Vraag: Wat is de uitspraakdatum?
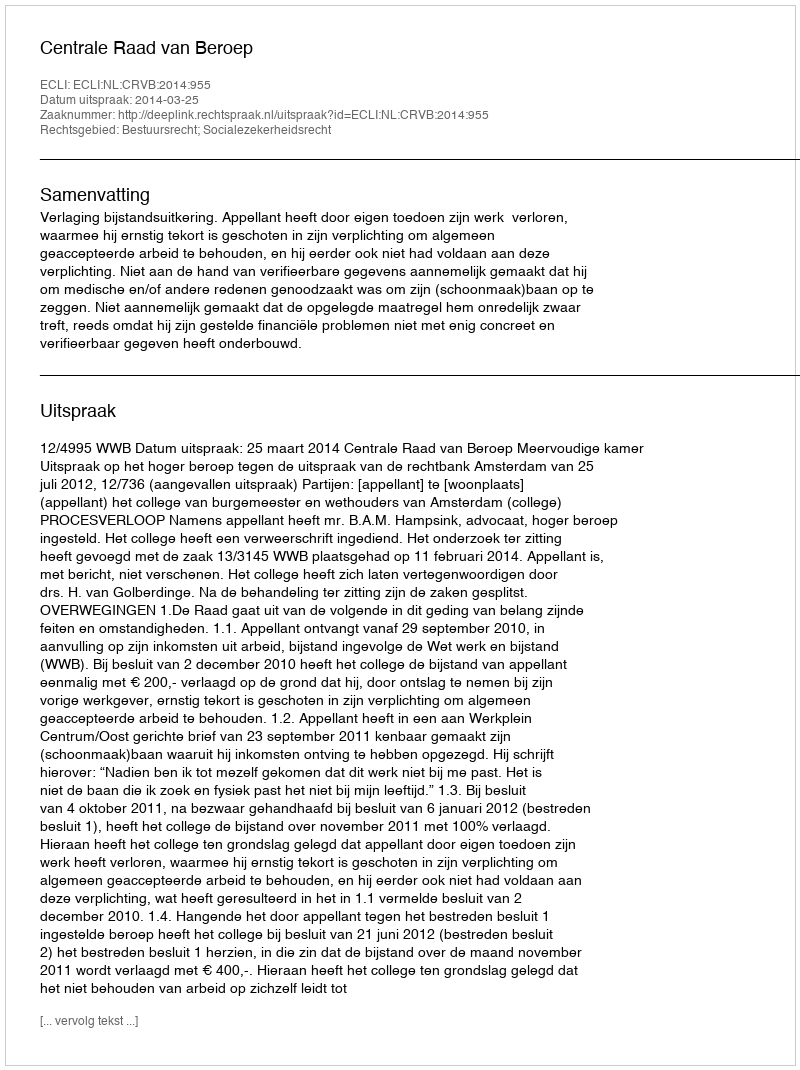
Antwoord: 2014-03-25